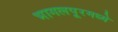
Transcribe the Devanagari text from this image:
भागलपूरमध्ये